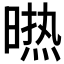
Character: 𭧈